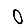
Digit: 0